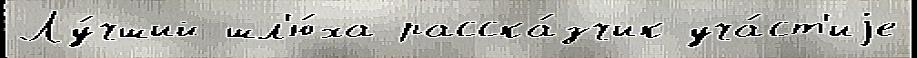
Лу́чший шл'ю́ха расска́зчик уча́ст'иjе